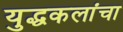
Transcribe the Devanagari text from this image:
युद्धकलांचा